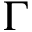
\Gamma